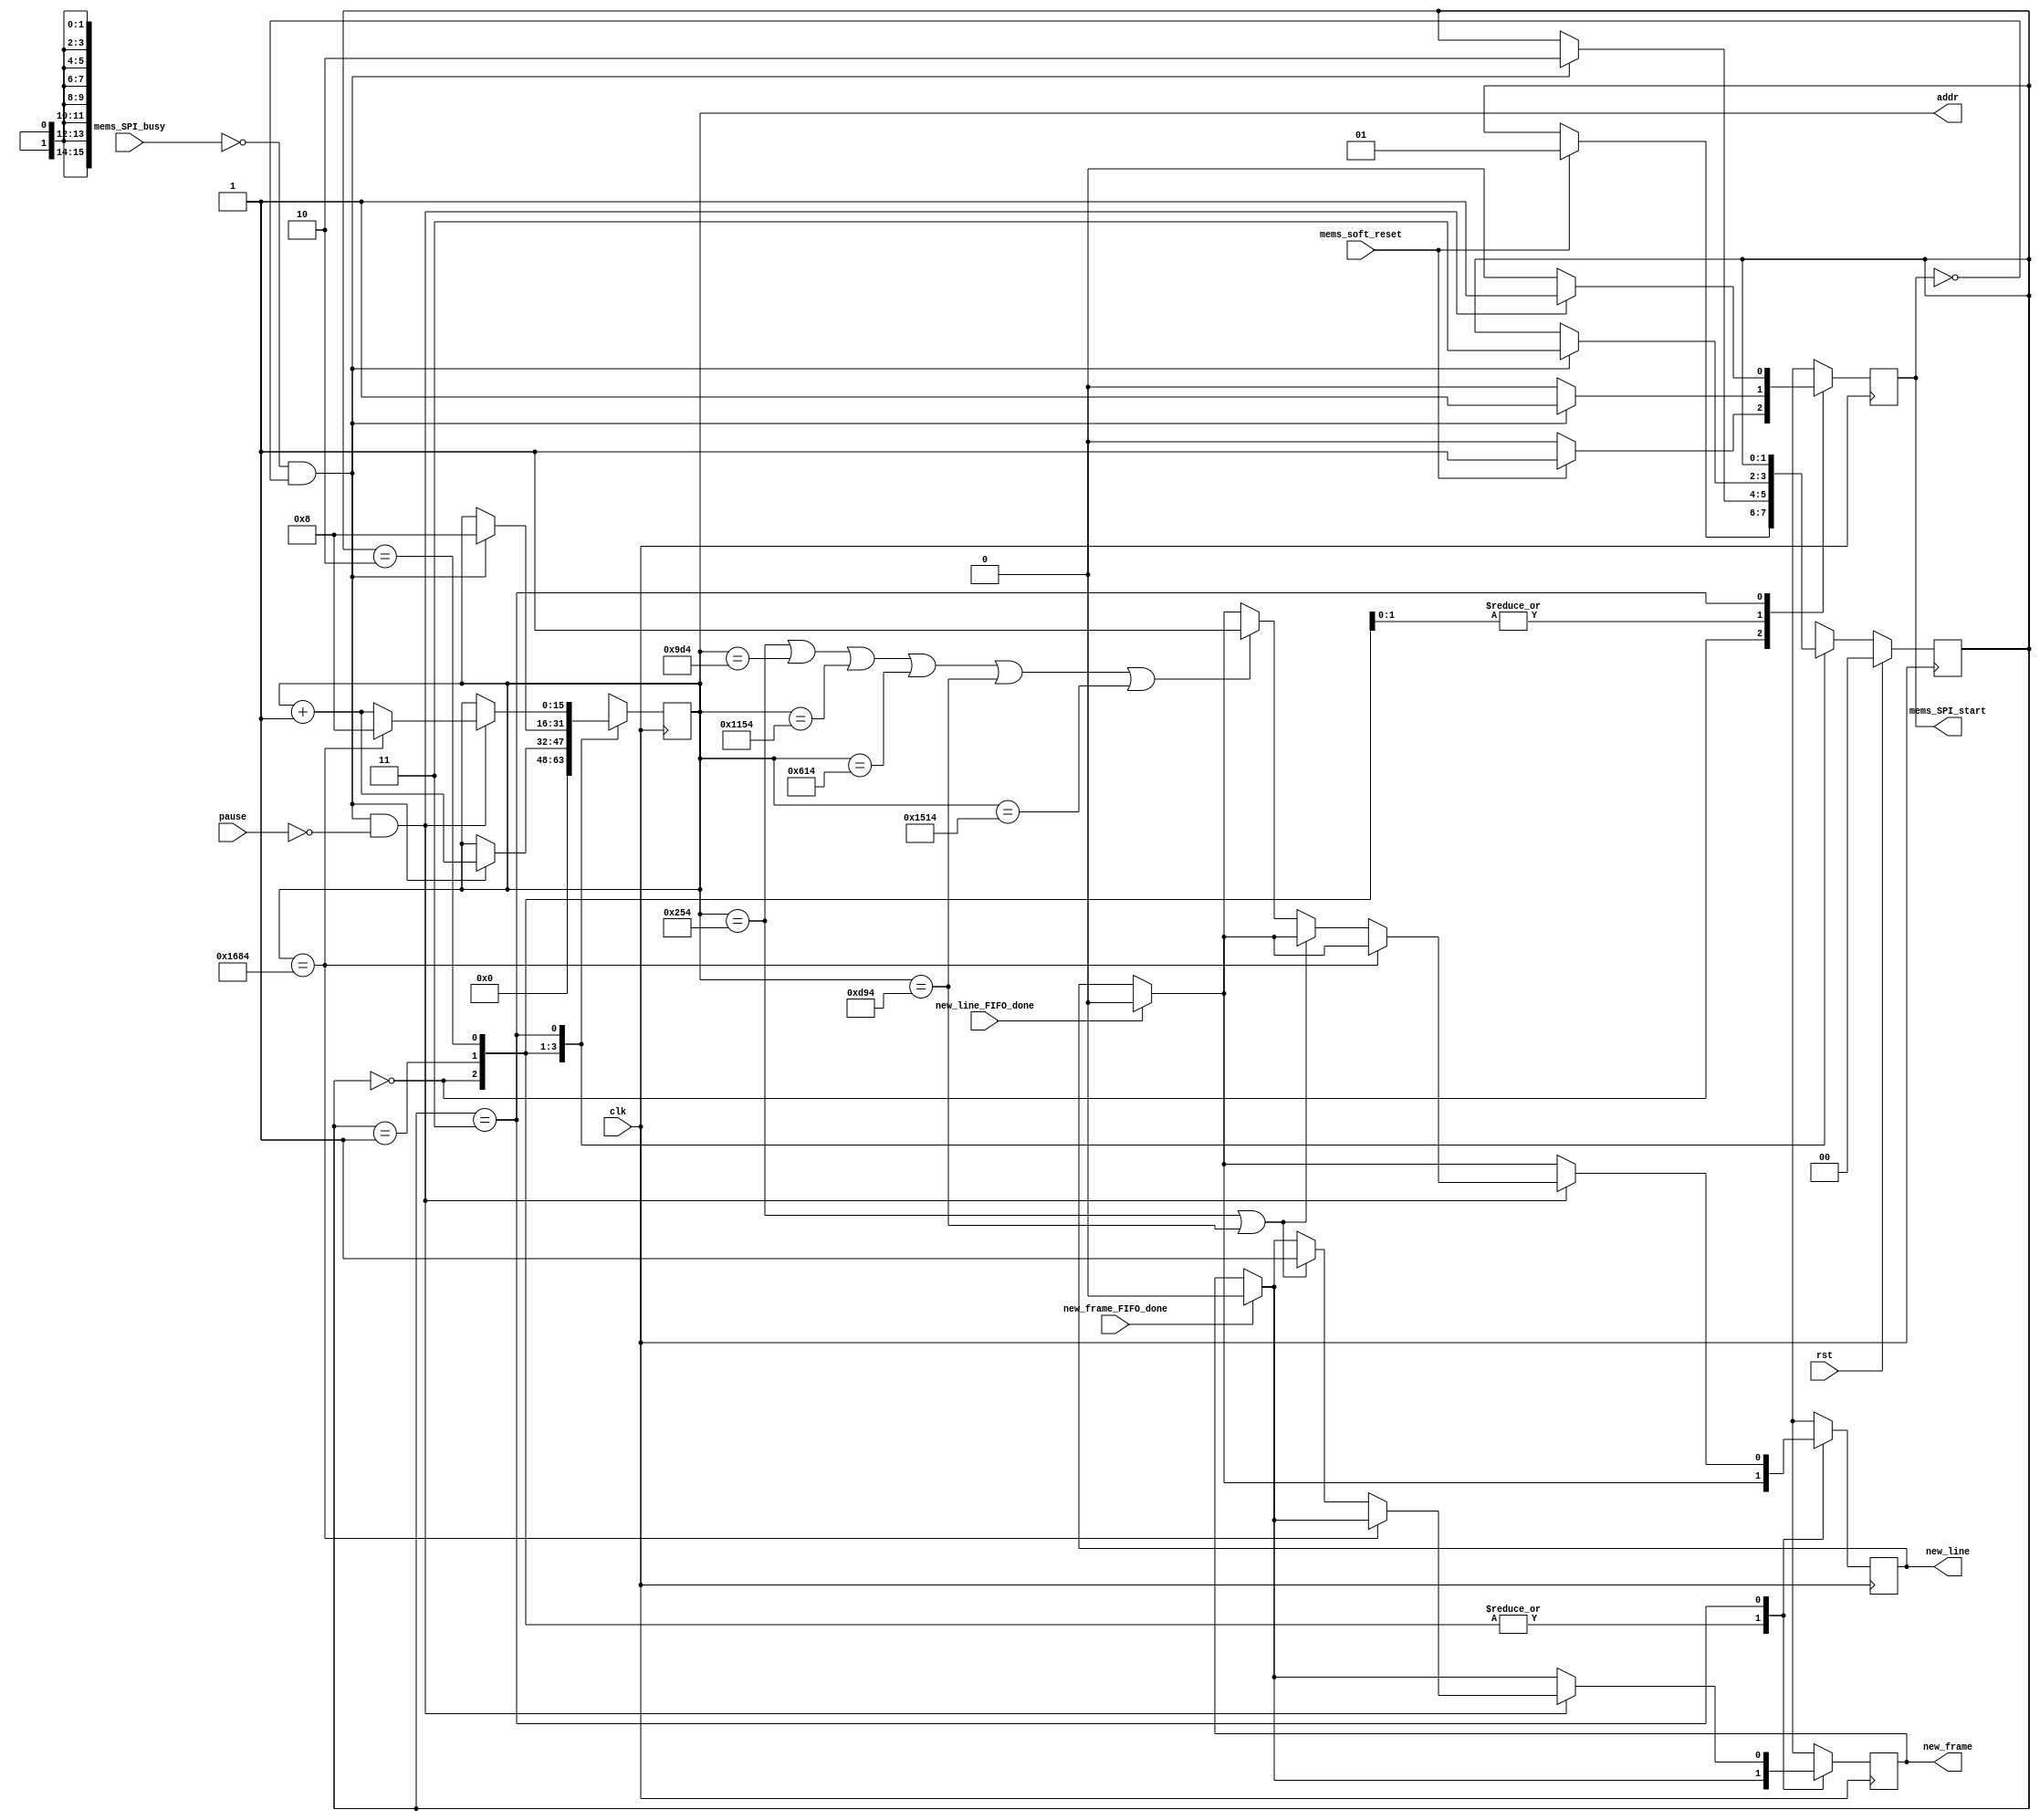
module mems_control (
    // INPUT
    input clk,
    input rst,
    input pause,
    input mems_SPI_busy,
    input mems_soft_reset,
    input new_line_FIFO_done,
    input new_frame_FIFO_done,
    // input go_home,

    // OUTPUT
    output mems_SPI_start,
    // output [23:0] data_mosi,
    output new_line,
    output new_frame,
    output [15:0] addr
  );
  
  reg new_line_d, new_line_q;//=1'b0;
  reg new_frame_d, new_frame_q;//=1'b0;
  
  assign mems_SPI_start=mems_SPI_start_q;

  assign new_line = new_line_q;
  assign new_frame = new_frame_q;

  assign addr = addr_q;
  
  localparam STATE_SIZE = 2;
  localparam IDLE = 2'd0,
    SOFTWARE_RESET = 2'd1,
    VREF_SETUP = 2'd2,
    SET_CHANNEL = 2'd3;
 
  reg [STATE_SIZE-1:0] state_d, state_q;
  reg [15:0] addr_d, addr_q;
  reg mems_SPI_start_d, mems_SPI_start_q; 

  reg play_d, play_q;
  wire rom_scan_is_done;




  always @(*) begin

    // if (new_line_FIFO_done==1'b1 && new_line_q==1'b1) begin
    if (new_line_FIFO_done==1'b1) begin
      new_line_d=1'b0; // latch here is not fine (if at the same time 2 modules -> problem)
    end else begin
      new_line_d = new_line_q;
    end

    if (new_frame_FIFO_done==1'b1) begin
      new_frame_d=1'b0; // latch here is not fine
    end else begin
      new_frame_d = new_frame_q;
    end

    state_d = state_q; // default values
    addr_d = addr_q;   // needed to prevent latches
    play_d = play_q;

    case (state_q)
      IDLE: begin
        addr_d = 4'b0;
        mems_SPI_start_d=1'b0;
        if (mems_soft_reset==1'b1) begin
          state_d = SOFTWARE_RESET;
          mems_SPI_start_d=1'b1;
        end
      end // IDLE

      SOFTWARE_RESET: begin
        mems_SPI_start_d=1'b0;
        if (!mems_SPI_busy && mems_SPI_start_q == 1'b0) begin 
          addr_d=addr_q+1'b1;
          state_d = VREF_SETUP;
          mems_SPI_start_d = 1'b1;
        end
      end // SOFTWARE_RESET

      VREF_SETUP: begin // we hav problem with DAC, change its ref voltage from external to internal and vice versa -> have to send command for external one all time.
        mems_SPI_start_d=1'b0;
        if (!mems_SPI_busy && mems_SPI_start_q == 1'b0) begin 
          addr_d = 16'd8;//addr_q + 1'b1; // will be 2 in SET_CHANNEL
          state_d = SET_CHANNEL;
          mems_SPI_start_d = 1'b1;
        end
      end // VREF_SETUP

      SET_CHANNEL: begin
                play_d=1'b0;
                mems_SPI_start_d = 1'b0;

                if ((!mems_SPI_busy && mems_SPI_start_q == 1'b0) && pause==1'b0) begin 
                    mems_SPI_start_d = 1'b1;    

                    // begin from the beginning if end reached.         
                    // if (rom_scan_is_done==1'b1) begin
                    


                    if (addr_q==16'd5764) begin
                    // if (addr_q==16'd15844) begin
                         addr_d = 16'd8;  
                    end else begin
                    
// if (addr_q == 16'd623 || addr_q==16'd8623) begin
// if (addr_q == 16'd226 || addr_q==16'd3826) begin
if (addr_q == 16'd596 || addr_q==16'd3476) begin

// if (addr_q == 16'd164) begin // 6495 no overflow at all1! 6490 also no overf.

                        // if (addr_q == 16'd164 || addr_q == 16'd4964) begin // || addr_q==16'd4941) begin // 6495 no overflow at all1! 6490 also no overf.

                            new_frame_d = 1'b1;
                        end else 
// if (addr_q == 16'd562 || addr_q == 16'd2322 || addr_q == 16'd4082 || addr_q == 16'd5842 || addr_q == 16'd7602 || addr_q == 16'd1442 || addr_q == 16'd3202 || addr_q == 16'd4962 || addr_q == 16'd6722 || addr_q==16'd8482) begin
// if (addr_q == 16'd623 || addr_q == 16'd2223 || addr_q == 16'd3823 || addr_q == 16'd5423 || addr_q == 16'd7023 || addr_q == 16'd8623 || addr_q == 16'd10223 || addr_q == 16'd11823 || addr_q == 16'd13423 || addr_q == 16'd15023 || addr_q == 16'd1423 || addr_q == 16'd3023 || addr_q == 16'd4623 || addr_q == 16'd6223 || addr_q == 16'd7823 || addr_q == 16'd9423 || addr_q == 16'd11023 || addr_q == 16'd12623 || addr_q == 16'd14223 || addr_q==16'd15823) begin





if (addr_q == 16'd596 || addr_q == 16'd2516 || addr_q == 16'd4436 || addr_q == 16'd1556 || addr_q == 16'd3476 || addr_q==16'd5396) begin


              new_line_d=1'b1;
                end 






                      addr_d = addr_q+1'b1;
                    end // if rom_scan_is_done








                end // new data
      end // SET_CHANNEL

      default: state_d = IDLE;
    endcase
  end
 



  always @(posedge clk) begin
    if (rst) begin
      state_q <= IDLE;
    end else begin
      state_q <= state_d;
    end

    new_line_q <= new_line_d; 
    new_frame_q <= new_frame_d; 
    
    mems_SPI_start_q <= mems_SPI_start_d;
    addr_q <= addr_d;
    play_q <= play_d;
  end
 
endmodule